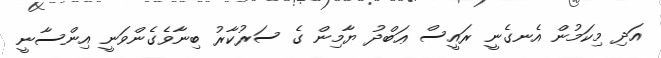
އަދި މިކަމުން އެނގެނީ ރައީސް ޢަބްދު ޔާމިން ގެ ސަރުކާރު ބިނާވެގެންވަނީ އިންސާނީ